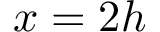
x = 2 h